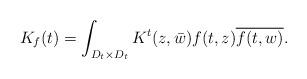
LaTeX: \begin{align*} K_f(t)=\int_{D_t\times D_t}K^t(z,\bar w)f(t,z)\overline{f(t,w)}.\end{align*}